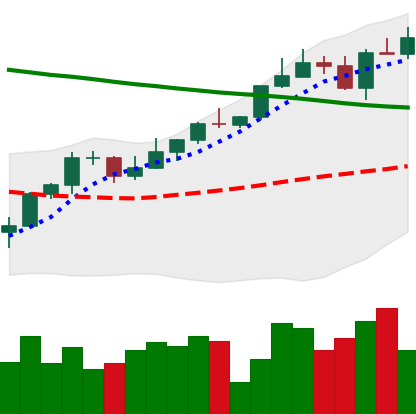
Ticker: ETH-USD
Chart end date: 2022-04-03
Forward return: -9.389%
Label: down_7plus